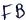
Text: FB